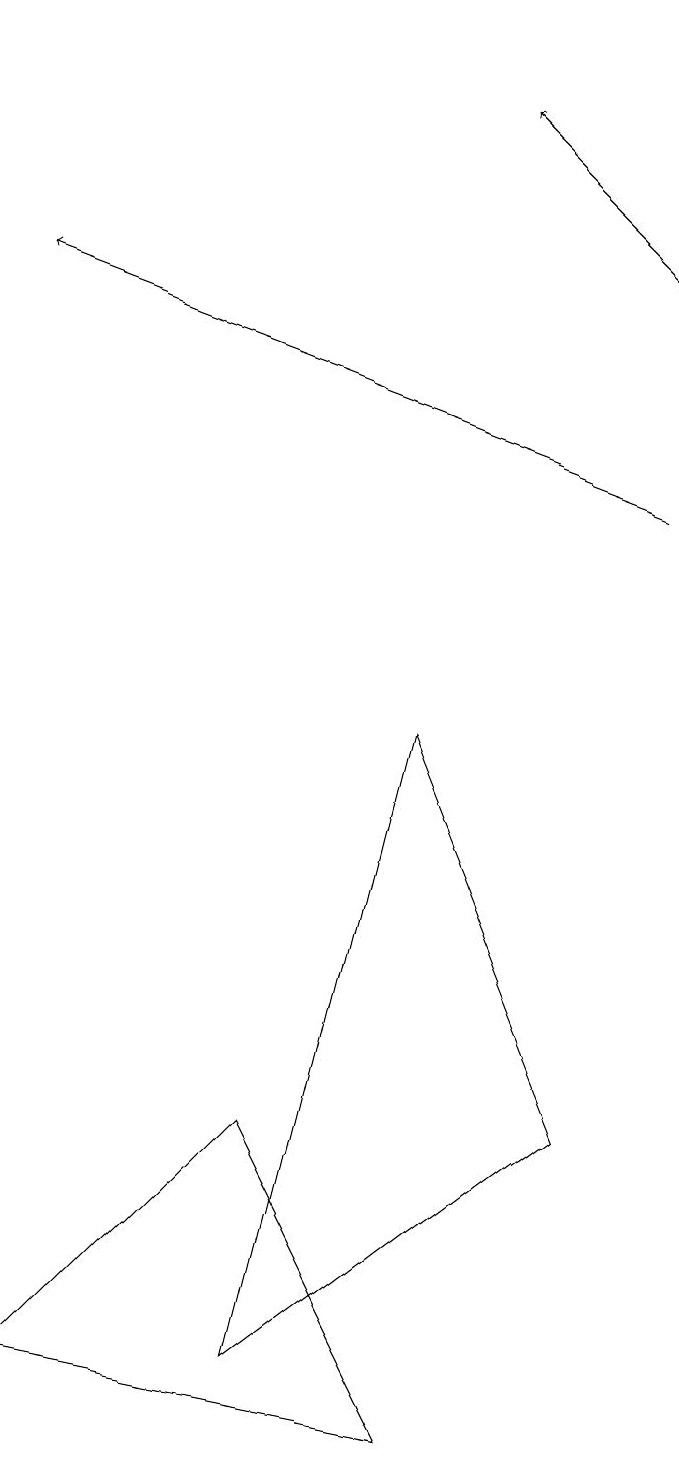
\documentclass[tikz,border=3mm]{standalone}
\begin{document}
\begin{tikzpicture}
\draw[->] (8,12) -- (0,15);
\draw (0,1) -- (3,4) -- (5,0) -- cycle;
\draw (7,18) rectangle (7,18);
\draw[->] (8,15) -- (6,17);
\draw (5,9) -- (3,1) -- (7,4) -- cycle;
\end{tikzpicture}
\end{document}